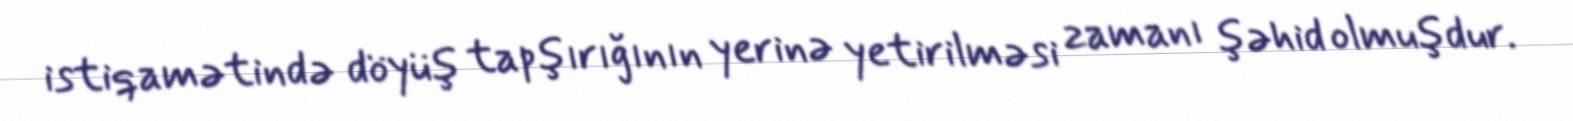
istiqamətində döyüş tapşırığının yerinə yetirilməsi zamanı şəhid olmuşdur.